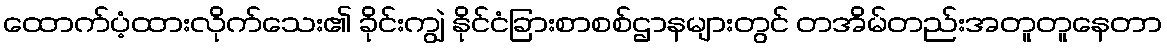
ထောက်ပံ့ထားလိုက်သေး၏ ခိုင်းကျွဲ နိုင်ငံခြားစာစစ်ဌာနများတွင် တအိမ်တည်းအတူတူနေတာ